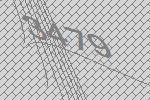
3479